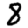
Digit: 8